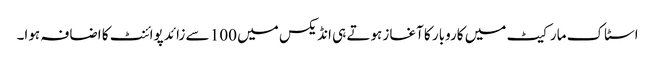
اسٹاک مارکیٹ میں کاروبار کا آغاز ہوتے ہی انڈیکس میں 100 سے زائد پوائنٹ کا اضافہ ہوا۔